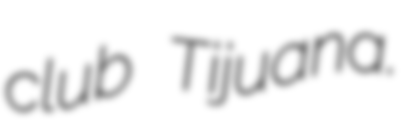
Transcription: club Tijuana.